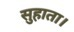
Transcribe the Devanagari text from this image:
सुहाता।